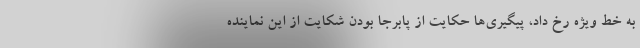
به خط ویژه رخ داد، پیگیری‌ها حکایت از پابرجا بودن شکایت از این نماینده